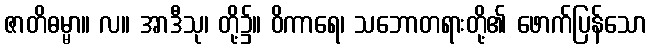
ဇာတိဓမ္မာ။ လ။ အာဒီသု၊ တို့၌။ ဝိကာရေ၊ သဘောတရားတို့၏ ဖောက်ပြန်သော